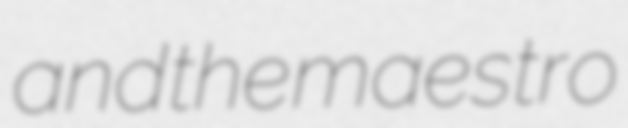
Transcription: and the maestro